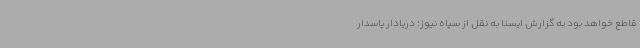
قاطع خواهد بود به گزارش ایسنا به نقل از سپاه نیوز؛ دریادار پاسدار